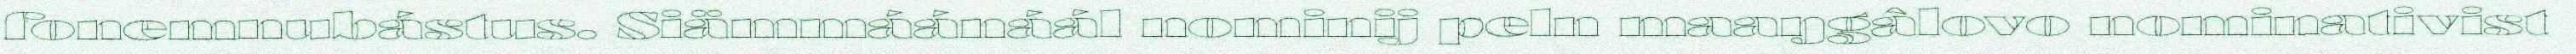
fonemnubástus. Siämmáánáál nominij peln maaŋgâlovo nominativist